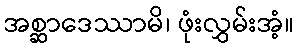
အစ္ဆာဒေဿာမိ၊ ဖုံးလွှမ်းအံ့။